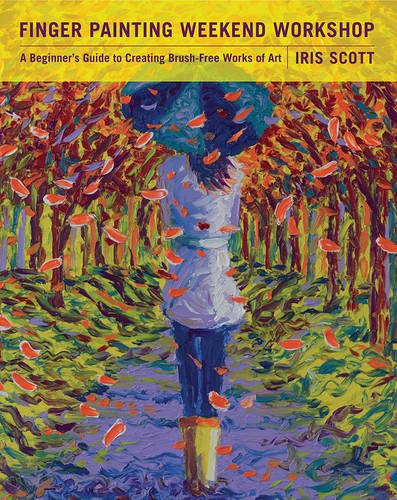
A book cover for Finger Painting Weekend Workshop: A Beginner's Guide to Creating Brush-Free Works of Art; Iris Scott; Arts & Photography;